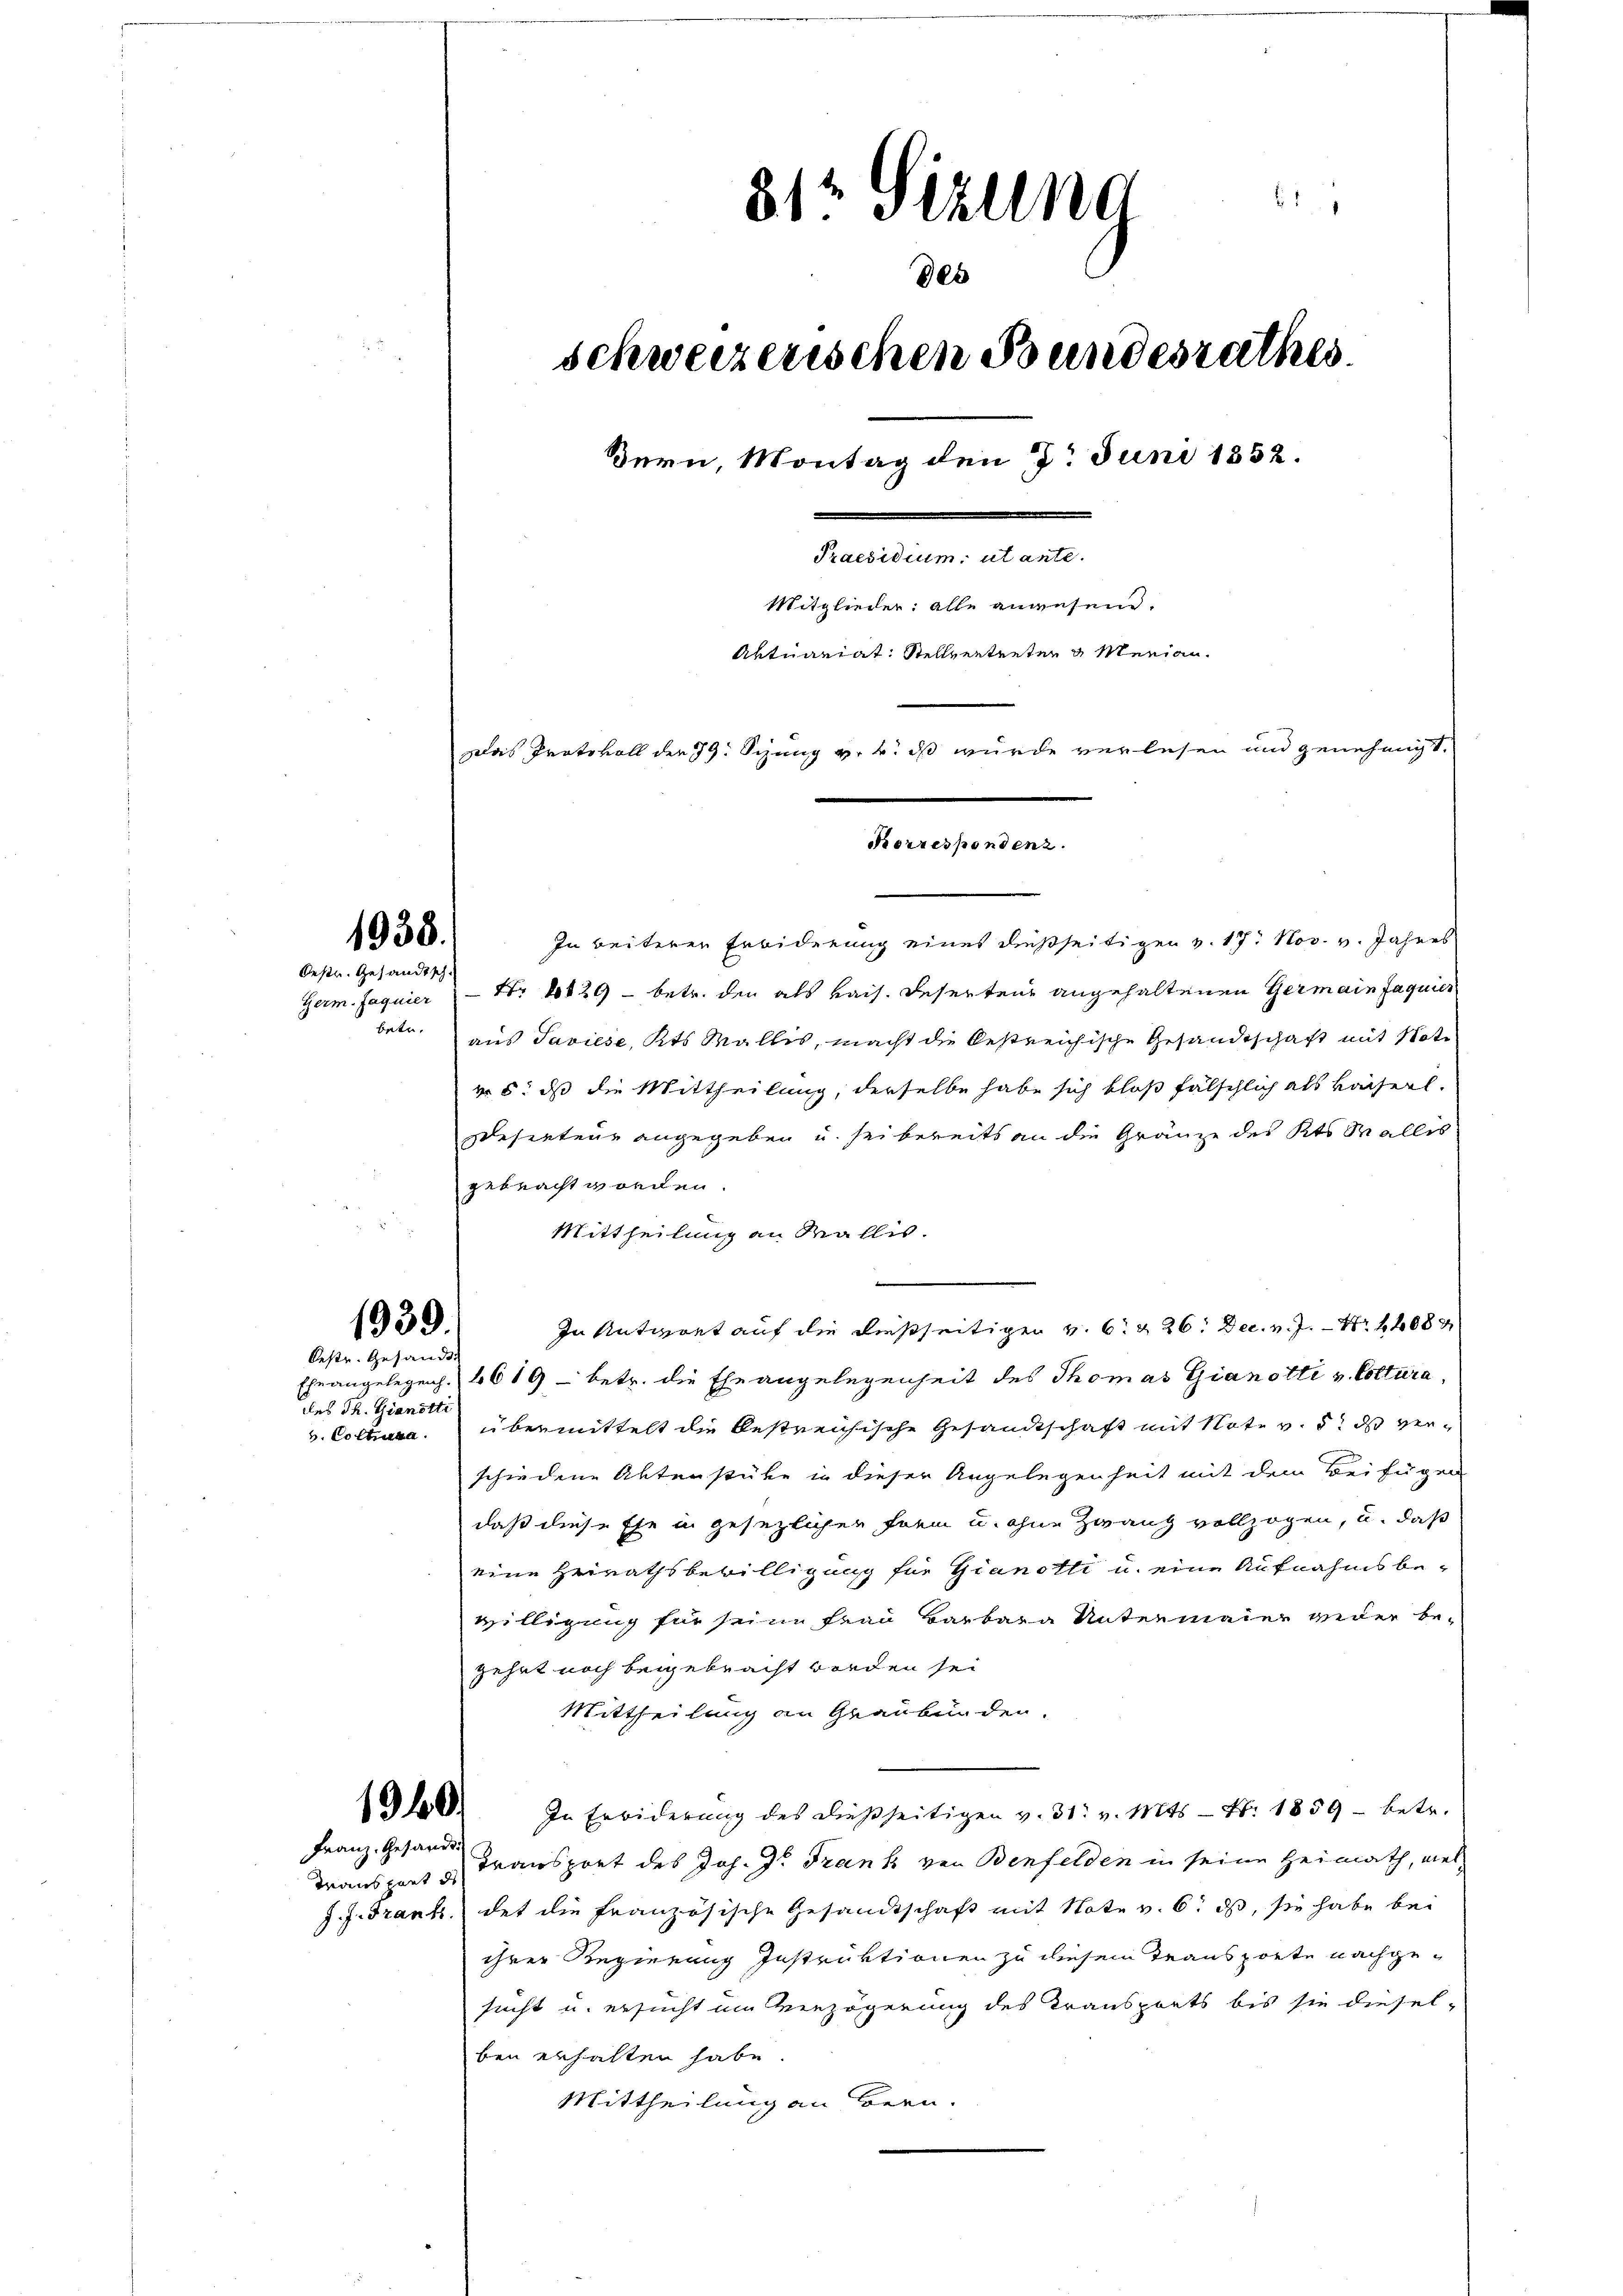
1938.
Oestr. Gesandtsch

1939.
Oeste Gesandt:

des Th. Gianötti

Transpart de

1
812 Gezung
des
schweizerischen Bundesrathes.
Bern, Montag den 7. Juni 1852.
Familien ande
Mitglieder: alle angesend.
Aktuariat: Stellvertreten u Merian¬
Das Protokoll der 79: Sizung v. 4. dß wurde verlesen und genehmigt.
Korrespondenz.

In beiterer Erbiderung eines dießseitigen v. 17. Nov. v. Jahres
Germ. Jaquier" Nr. 1029 - betr. den als kais. Deserten angehaltenen Germain Jaquier
betr. aus Saviese, Kts. Wallis, macht die bestreichische Gesandtschaft mit Note
vo 5. ds die Mittheilung, derselbe habe sich bloß fälschlich als Kaiserl.
desenteur angegeben u. sei bereits an die Gränze des Kts. Wallis
gebracht worden.
Mittheilung an Wallis

In Antwort auf die dießseitigen v. 6. & 26: Dec. v. J. Nr. 4089
Ehe angelegenh. 6619 - betr. die Eheangelegenheit des Thomas Gianotti v. Cottura,
v. Colleura. übermittelt die bestreichische Gesandtschaft mit Note v. 5. ds verschiedene Aktenstüke in dieser Angelegenheit mit dem Beifügen
daß diese Ehe in gesezlicher Form u. ohne Zwang vollzogen, u. daß
eine Heirathsbewilligung für Gianotti u. eine Aufnahms be-
willigung für seine Frau Barbara Untermaier wieder begehet noch beigebracht worden sei
Mittheilung an Graubünden.
Ah E. In Erwiderŭng des dießseitigen v. 31. v. Mts. - Fr. 1859 betr.
Franz. Gesand Gransport des Joh. J. Frank von Benfelden in seine Heimath, wel¬
J. J. Frank des die französische Gesandtschaft mit Note v. 6. ds, sie habe bei
ihrer Regierung Instruktionen zu diesem Transporte nachgesucht u. ersucht im Verzögerung des Transports bis sie diesel-
ben erhalten habe
Mittheilung an Bern.